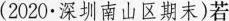
(2020·深圳南山区期末)若